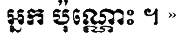
អ្នក ប៉ុណ្ណោះ ។ »